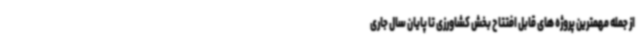
از جمله مهمترین پروژه های قابل افتتاح بخش کشاورزی تا پایان سال جاری